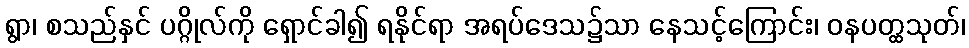
ရွာ၊ စသည်နှင် ပဂ္ဂိုလ်ကို ရှောင်ခါ၍ ရနိုင်ရာ အရပ်ဒေသ၌သာ နေသင့်ကြောင်း၊ ဝနပတ္ထသုတ်၊